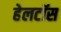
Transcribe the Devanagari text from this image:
हेलटॉस